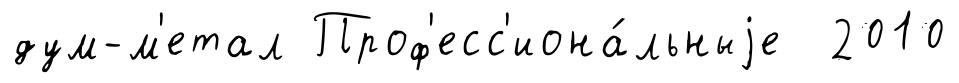
дум-м'етал Проф'есс'иона́льныjе 2010